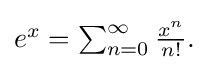
{\textstyle e^{x}=\sum _{n=0}^{\infty }{\frac {x^{n}}{n!}}.}